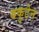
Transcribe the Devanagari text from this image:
बकुटेन